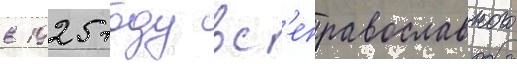
в 1925 году вс'еправославного